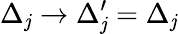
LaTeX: \Delta_{\mathit{j}}\rightarrow\Delta_{\mathit{j}}^{\prime}=\Delta_{\mathit{j}}